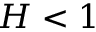
H < 1